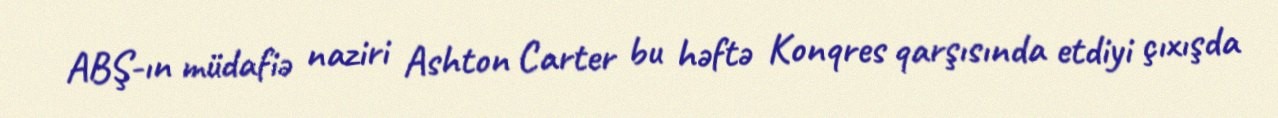
ABŞ-ın müdafiə naziri Ashton Carter bu həftə Konqres qarşısında etdiyi çıxışda